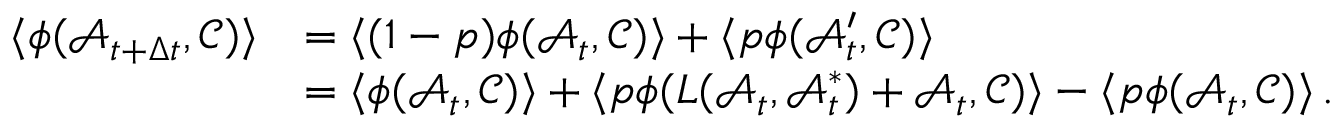
\begin{array} { r l } { \langle \phi ( \mathcal { A } _ { t + \Delta t } , \mathcal { C } ) \rangle } & { = \langle ( 1 - p ) \phi ( \mathcal { A } _ { t } , \mathcal { C } ) \rangle + \langle p \phi ( \mathcal { A } _ { t } ^ { \prime } , \mathcal { C } ) \rangle } \\ & { = \langle \phi ( \mathcal { A } _ { t } , \mathcal { C } ) \rangle + \langle p \phi ( L ( \mathcal { A } _ { t } , \mathcal { A } _ { t } ^ { * } ) + \mathcal { A } _ { t } , \mathcal { C } ) \rangle - \langle p \phi ( \mathcal { A } _ { t } , \mathcal { C } ) \rangle \, . } \end{array}